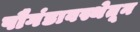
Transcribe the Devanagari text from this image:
पौगंडावस्थेतून